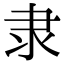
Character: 隶